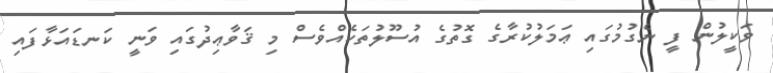
ވަކީލުން ފީ ނެގުމުގައި ޢަމަލުކުރާގެ ގޮތުގެ އުސޫލުތަކެއްވެސް މި ޤަވާޢިދުގައި ވަނީ ކަނޑައަޅާފައި